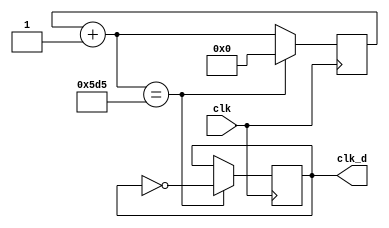
module clk_divider(
    input clk,
    output clk_d
);

    parameter 
		limit = 32'hbaa; //'
    
	 reg [31:0] counter;
	 reg clk_buf;
	 assign clk_d = clk_buf;
	 
    always @ (posedge clk) begin
        counter = counter + 1;
        
        if(counter == (limit / 2) ) begin
            clk_buf = !clk_buf;
            counter = 32'h0;
        end
    end
endmodule